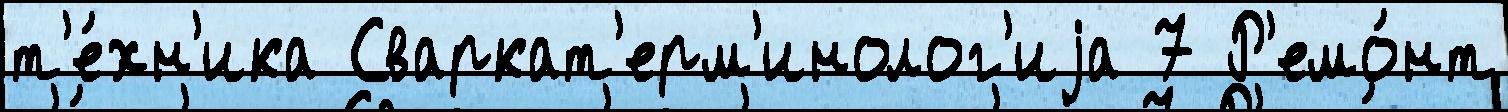
т'е́хн'ика Сваркат'ерм'инолог'иjа 7 Р'емо́нт